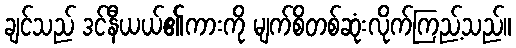
ချင်သည် ဒင်နီယယ်၏ကားကို မျက်စိတစ်ဆုံးလိုက်ကြည့်သည်။